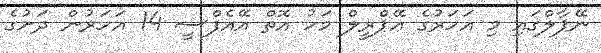
ނޭޕާލްގައި މި އަހަރުގެ އޭޕްރީލް މަހު އޮތް އޭއެފްސީ 14 އަހަރުން ދަށުގެ